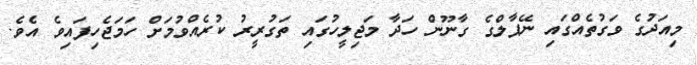
މިއަދުގެ ވަގުތެއްގައި ނޭޕާލްގެ ގާނޫން ހަދާ މަޖިލީހުގައި ތަގުރީރު ކުރެއްވުމަށް ހަމަޖެހިފައިވެ އެވެ.